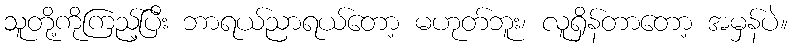
သူတို့ကိုကြည့်ပြီး ဘာရယ်ညာရယ်တော့ မဟုတ်ဘူး၊ လူရှိန်တာတော့ အမှန်ပဲ။